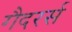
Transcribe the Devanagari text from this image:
गैदरर्स